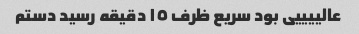
عالییییی بود سریع ظرف ١٥ دقیقه رسید دستم